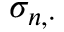
\sigma _ { n , \cdot }